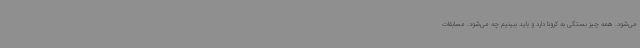
می‌شود. همه چیز بستگی به کرونا دارد و باید ببینیم چه می‌شود. مسابقات